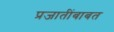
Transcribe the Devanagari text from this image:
प्रजातींबाबत